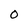
Character: 0